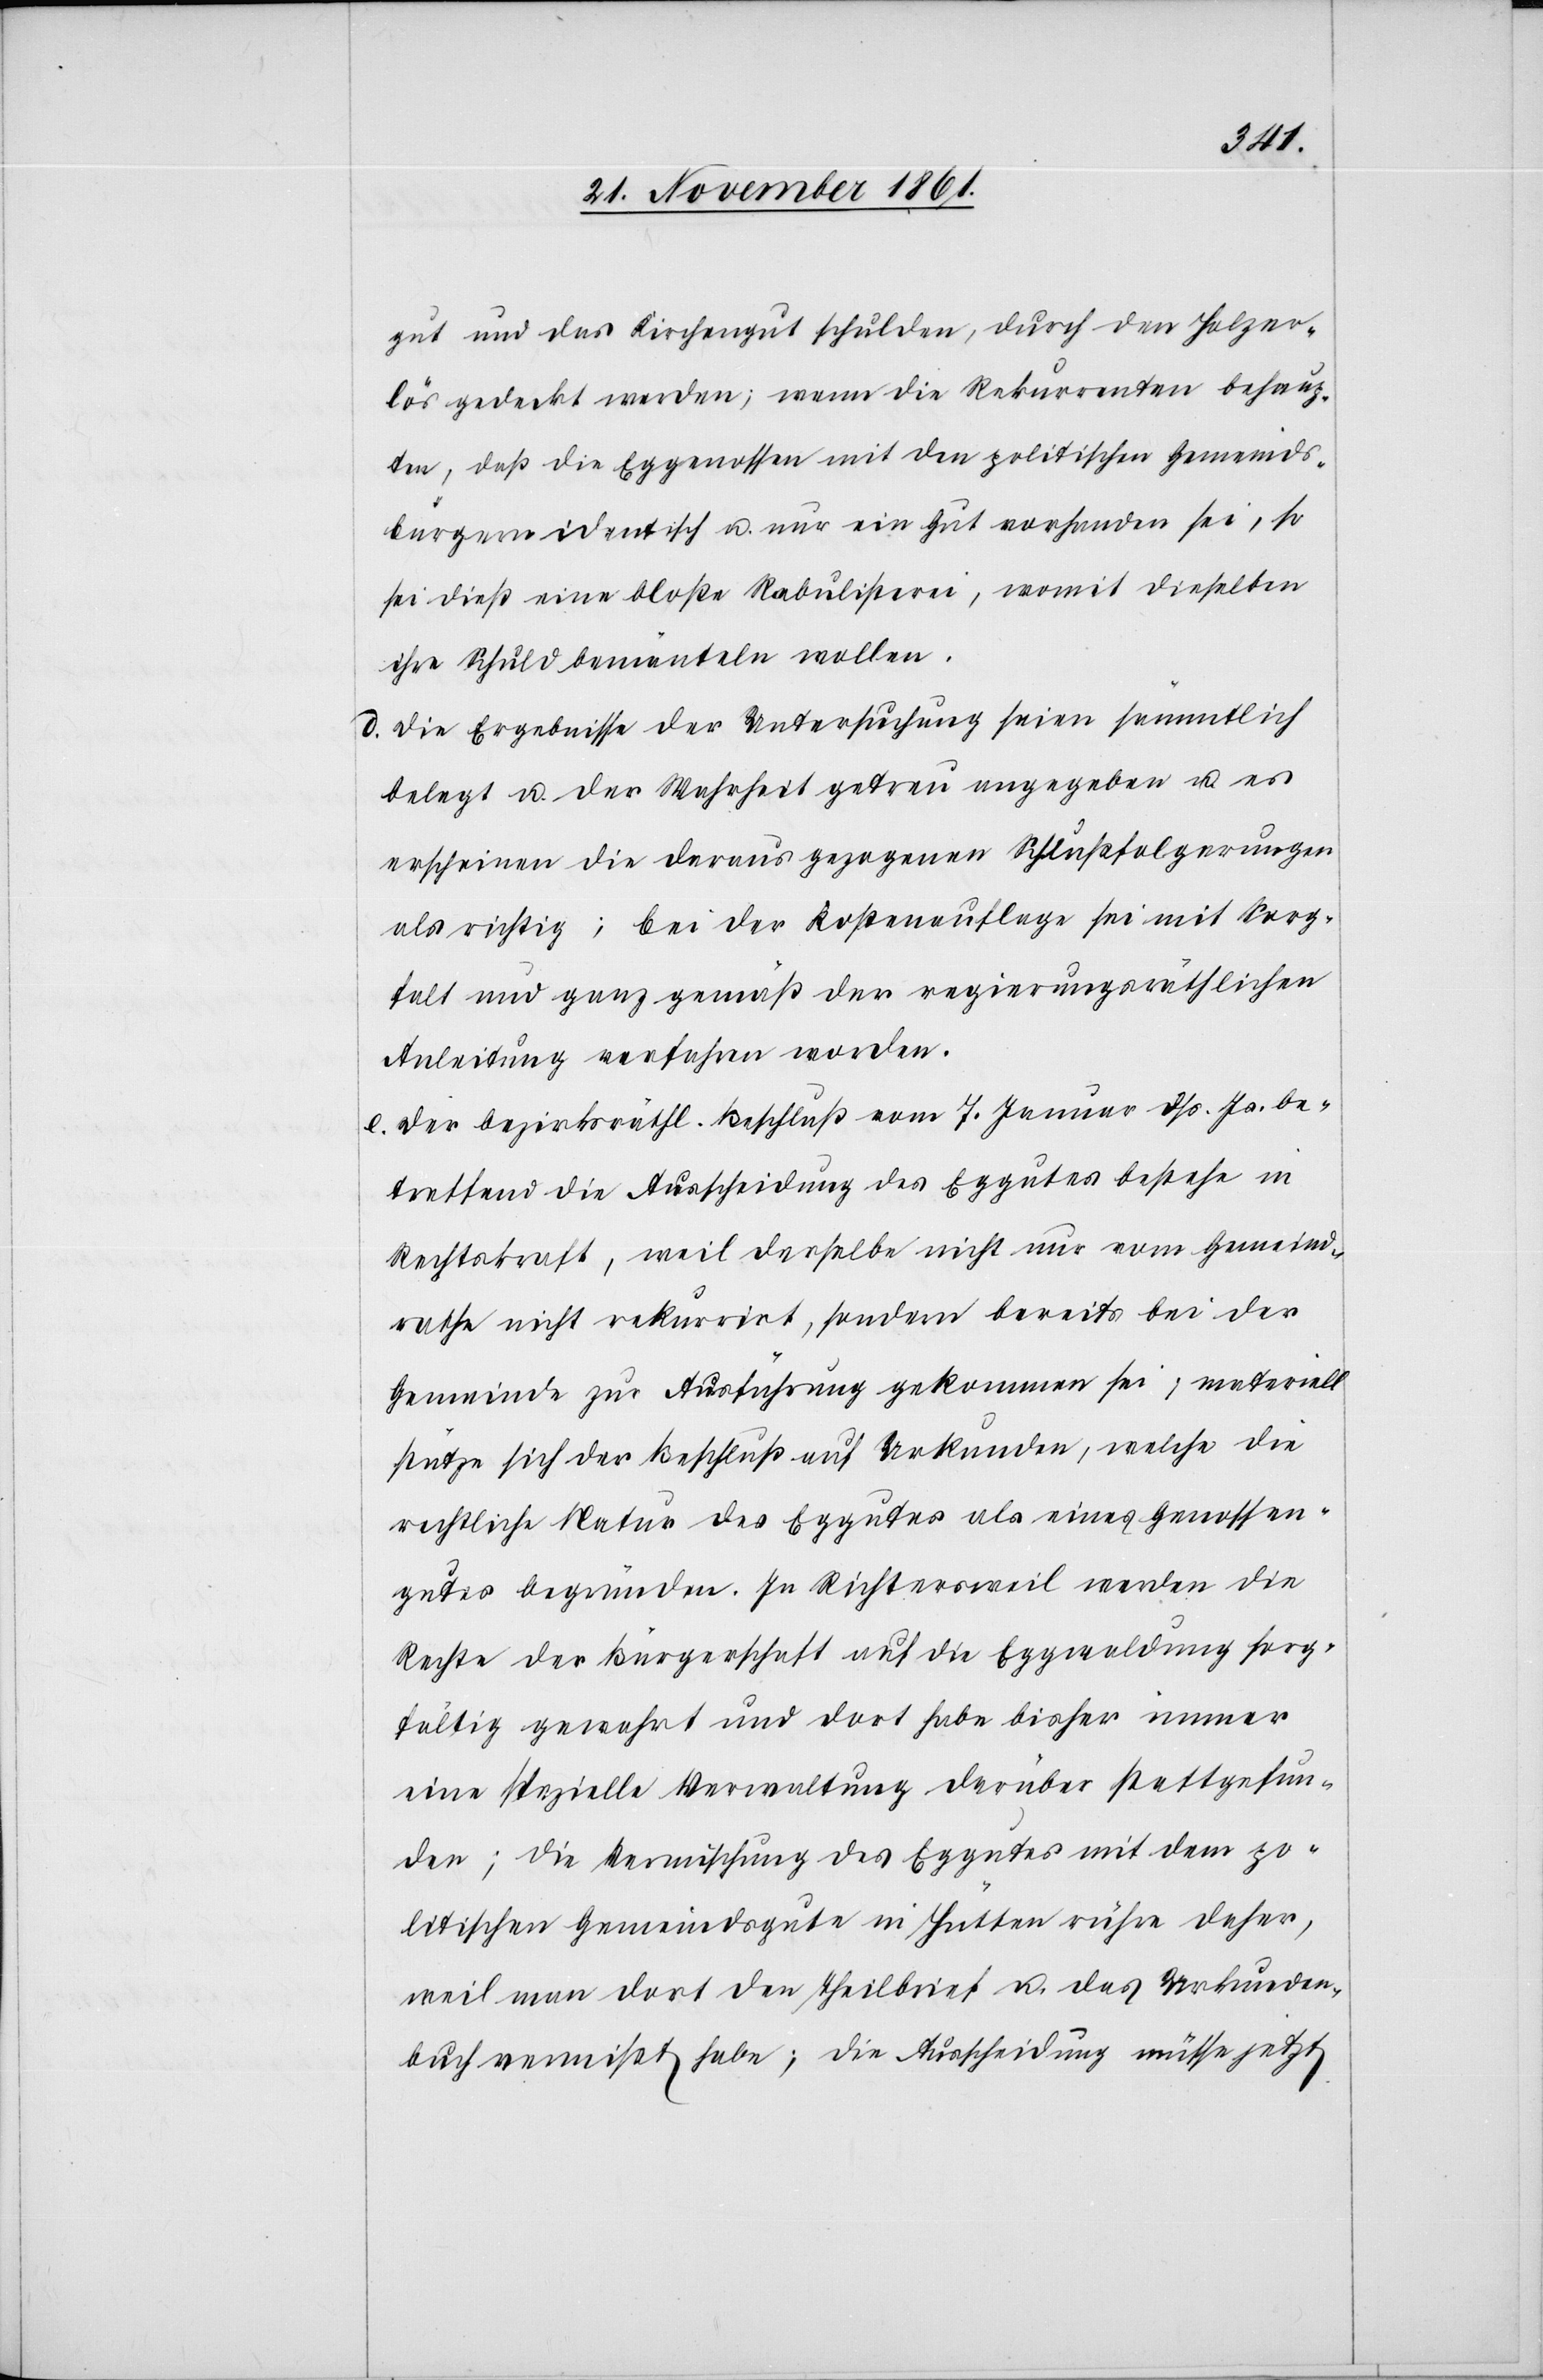
gut und das Kirchengut schulden, durch den Holzer¬
lös gedeckt werden; wenn die Rekurrenten behaup¬
ten, daß die Eggenossen mit den politischen Gemeinds¬
bürgern identisch u. nur ein Gut vorhanden sei, so
sei dieß eine bloße Rabulisterei, womit dieselben
ihre Schuld bemänteln wollen.
d. die Ergebnisse der Untersuchung seien sämmtlich
belegt u. der Wahrheit getreu angegeben u. es
erscheinen die daraus gezogenen Schlußfolgerungen
als richtig; bei der Kostenauflage sei mit Sorg¬
falt und ganz gemäß der regierungsräthlichen
Anleitung verfahren worden.
e. der bezirksräthl. Beschluß vom 7 Januar dß. Js. be¬
treffend die Ausscheidung des Eggutes bestehe in
Rechtskraft, weil derselbe nicht nur vom Gemeind¬
rathe nicht rekurrirt, sondern bereits bei der
Gemeinde zur Ausführung gekommen sei, materiell
stütze sich der Beschluß auf Urkunden, welche die
restliche Natur des Eggutes als eines Genossen¬
gutes begründen. In Richtersweil werden die
Rechte der Bürgerschaft auf die Eggwaldung sorg¬
fältig gewahrt und dort habe bisher immer
eine spezielle Verwaltung darüber stattgefun¬
den; die Vermischung des Eggutes mit dem po¬
litischen Gemeindegute in Hütten rühre daher,
weil man dort den Theilbrief u. das Urkunden¬
buch vermißt habe; die Ausscheidung müsse jetzt